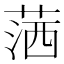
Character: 𦵜